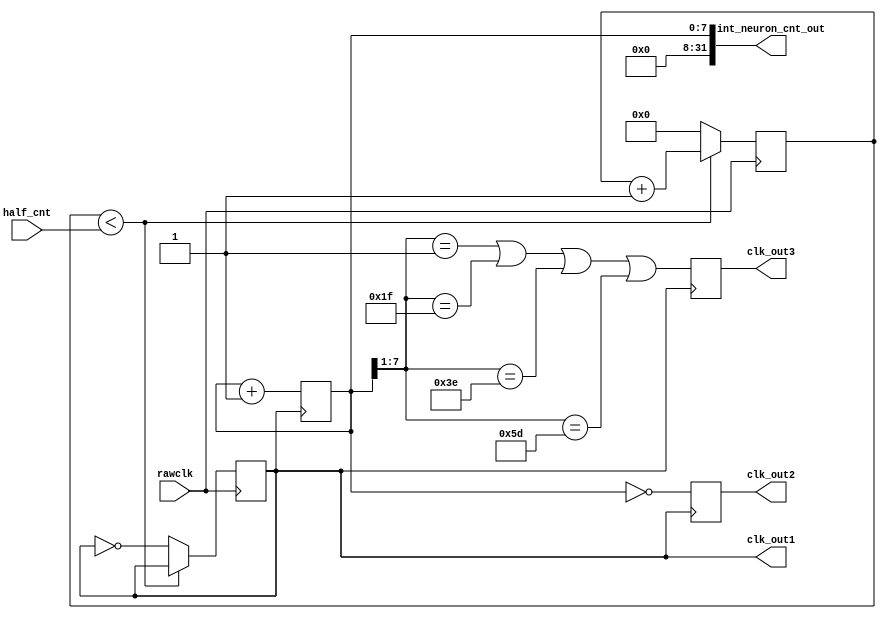
module gen_clk(rawclk, half_cnt, clk_out1, clk_out2, clk_out3, int_neuron_cnt_out);
    input rawclk;
    input [31:0] half_cnt;
    output reg clk_out1, clk_out2, clk_out3;
    output [31:0] int_neuron_cnt_out;

    reg [31:0] delay_cnt;

    always @ (posedge rawclk) begin
        if (delay_cnt < half_cnt) begin
            clk_out1 <= clk_out1;
            delay_cnt <= delay_cnt + 1;
        end
        else begin
            clk_out1 <= ~clk_out1;
            delay_cnt <= 0;
        end
    end

	reg [7:0] neuronCounter;
	wire [6:0] neuronIndex;

	assign neuronIndex = neuronCounter[7:1];

	always @ (posedge clk_out1)
	begin	
		neuronCounter <= neuronCounter + 1'b1;
        clk_out2 <= {neuronCounter == 0};
        //clk_out3 <= {(neuronIndex == 0) || (neuronIndex == 7'd43) ||
        //            (neuronIndex == 7'd86)};
        clk_out3 <= {(neuronIndex == 1) || (neuronIndex == 7'd31) ||
                    (neuronIndex == 7'd62) || (neuronIndex == 7'd93)};
	end

    assign int_neuron_cnt_out = neuronCounter;
endmodule